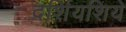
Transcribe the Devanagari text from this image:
दर्शियशिये